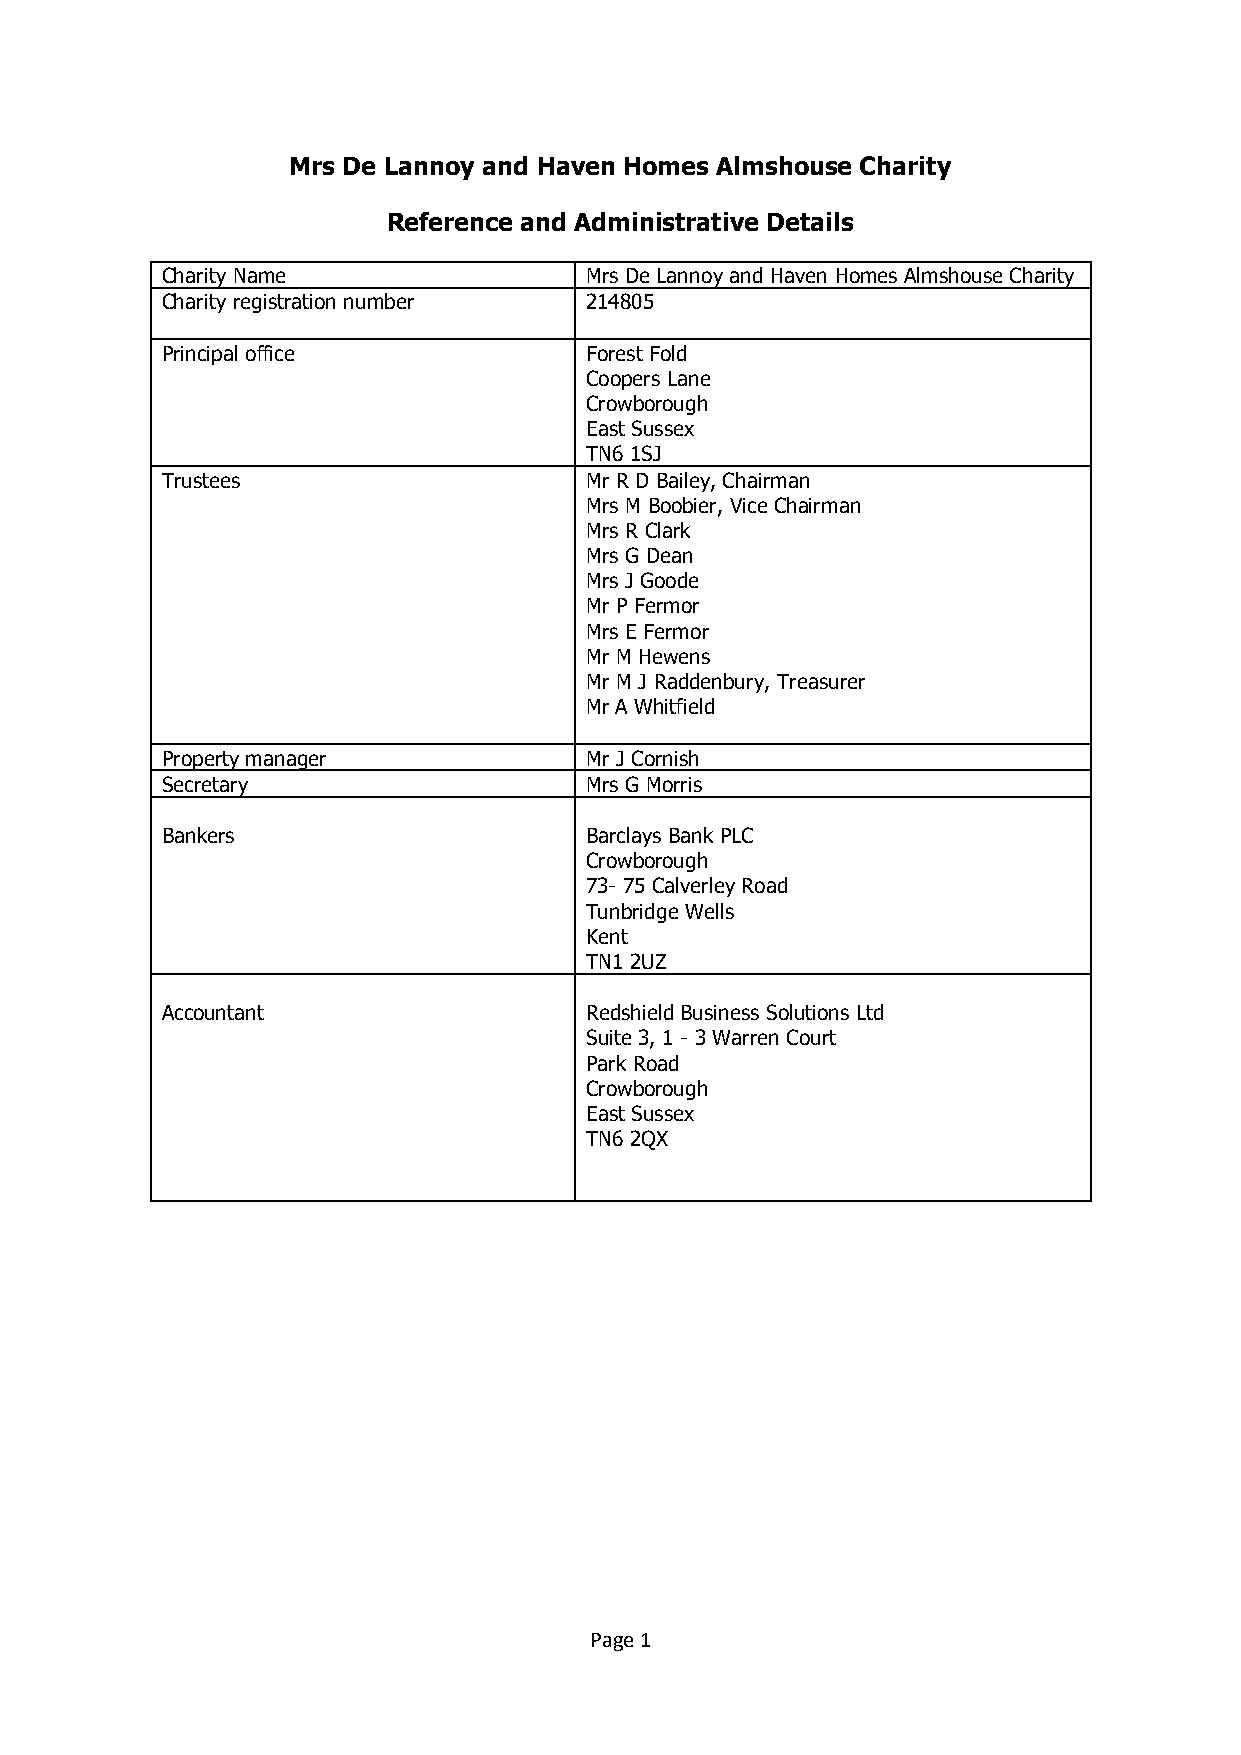
Mrs De Lannoy and Haven Homes Almshouse Charity
 Reference and Administrative Details
 Charity Name                Mrs De Lannoy and Haven Homes Almshouse Charity
 Charity registration number 214805
 Principal office            Forest Fold
 Coopers Lane
 Crowborough
 East Sussex
 TN6 1SJ
 Trustees                    Mr R D Bailey, Chairman
 Mrs M Boobier, Vice Chairman
 Mrs R Clark
 Mrs G Dean
 Mrs J Goode
 Mr P Fermor
 Mrs E Fermor
 Mr M Hewens
 Mr M J Raddenbury, Treasurer
 Mr A Whitfield
 Property manager            Mr J Cornish
 Secretary                   Mrs G Morris
 Bankers                     Barclays Bank PLC
 Crowborough
 73- 75 Calverley Road
 Tunbridge Wells
 Kent
 TN1 2UZ
 Accountant                  Redshield Business Solutions Ltd
 Suite 3, 1 - 3 Warren Court
 Park Road
 Crowborough
 East Sussex
 TN6 2QX
 Page 1